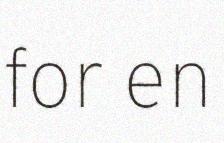
for en